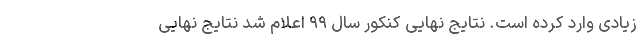
زیادی وارد کرده است. نتایج نهایی کنکور سال ۹۹ اعلام شد نتایج نهایی